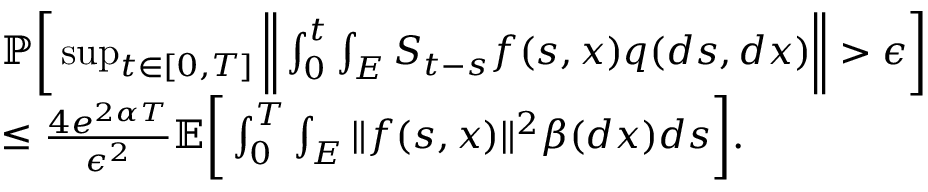
\begin{array} { r l } & { \mathbb { P } \bigg [ \operatorname* { s u p } _ { t \in [ 0 , T ] } \bigg \| \int _ { 0 } ^ { t } \int _ { E } S _ { t - s } f ( s , x ) q ( d s , d x ) \bigg \| > \epsilon \bigg ] } \\ & { \leq \frac { 4 e ^ { 2 \alpha T } } { \epsilon ^ { 2 } } \mathbb { E } \bigg [ \int _ { 0 } ^ { T } \int _ { E } \| f ( s , x ) \| ^ { 2 } \beta ( d x ) d s \bigg ] . } \end{array}